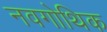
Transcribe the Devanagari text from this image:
नवगोथिक